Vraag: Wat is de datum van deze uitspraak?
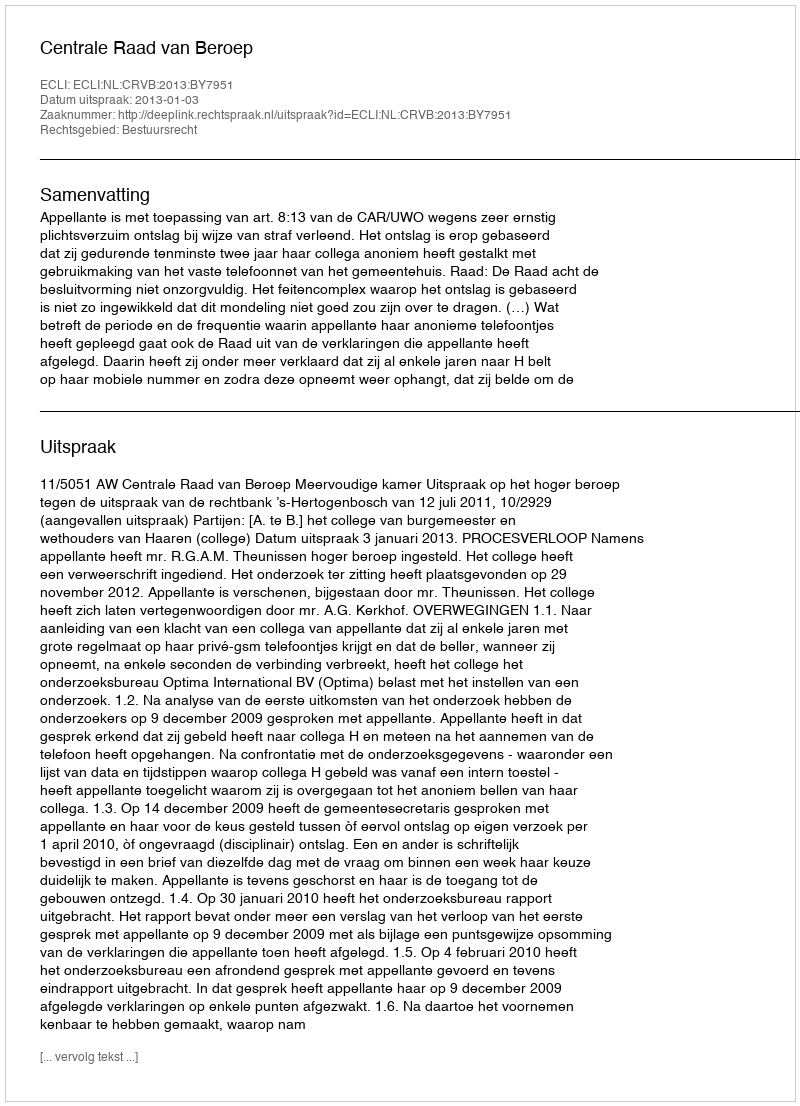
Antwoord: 2013-01-03